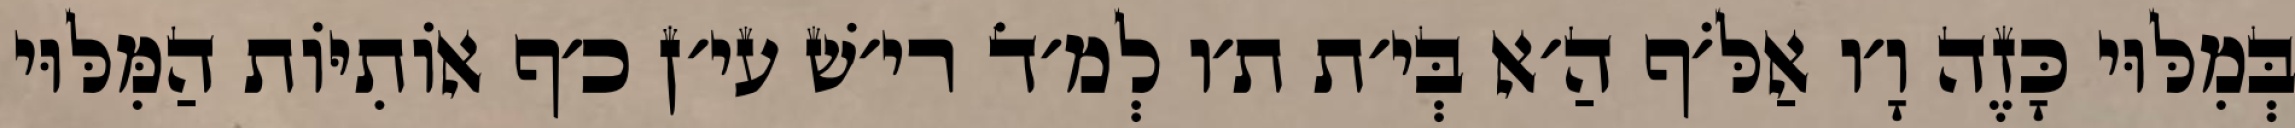
בְּמִלּוּי כָּזֶה וָ׳ו אַלֹּ׳ף הַ׳א בְּי׳ת ת׳ו לְמ׳דֹ רי׳שׁ עי׳ן כ׳ף אוֹתִיּוֹת הַמִּלּוּי